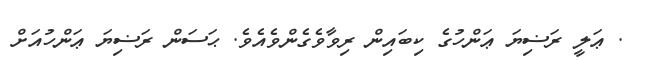
. ޢަލީ ރަޟިޔަ ޢަންހުގެ ކިބައިން ރިވާވެގެންވެއެވެ. ޙަސަން ރަޟިޔަ ޢަންހުއަށް